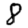
Digit: 8